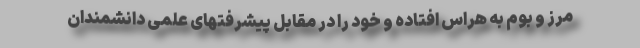
مرز و بوم به هراس افتاده و خود را در مقابل پیشرفتهای علمی دانشمندان